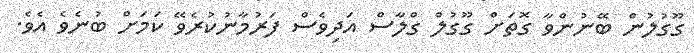
ގޫގުލުން ބޭނުންވާ ގޮތަށް ގޫގުލް ގްލާސް އަދިވެސް ފަރުމާނުކުރެވޭ ކަމަށް ބުނެވެ އެވެ.